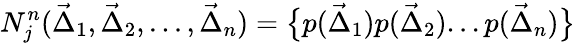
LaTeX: N_{j}^{n}(\vec{\Delta}_{1},\vec{\Delta}_{2},...,\vec{\Delta}_{n})=\bigl\{ p(\vec{\Delta}_{1})p(\vec{\Delta}_{2})...p(\vec{\Delta}_{n})\bigr\} \;